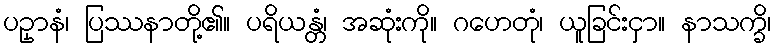
ပဥှာနံ၊ ပြဿနာတို့၏။ ပရိယန္တံ၊ အဆုံးကို။ ဂဟေတုံ၊ ယူခြင်းငှာ။ နာသက္ခိ၊